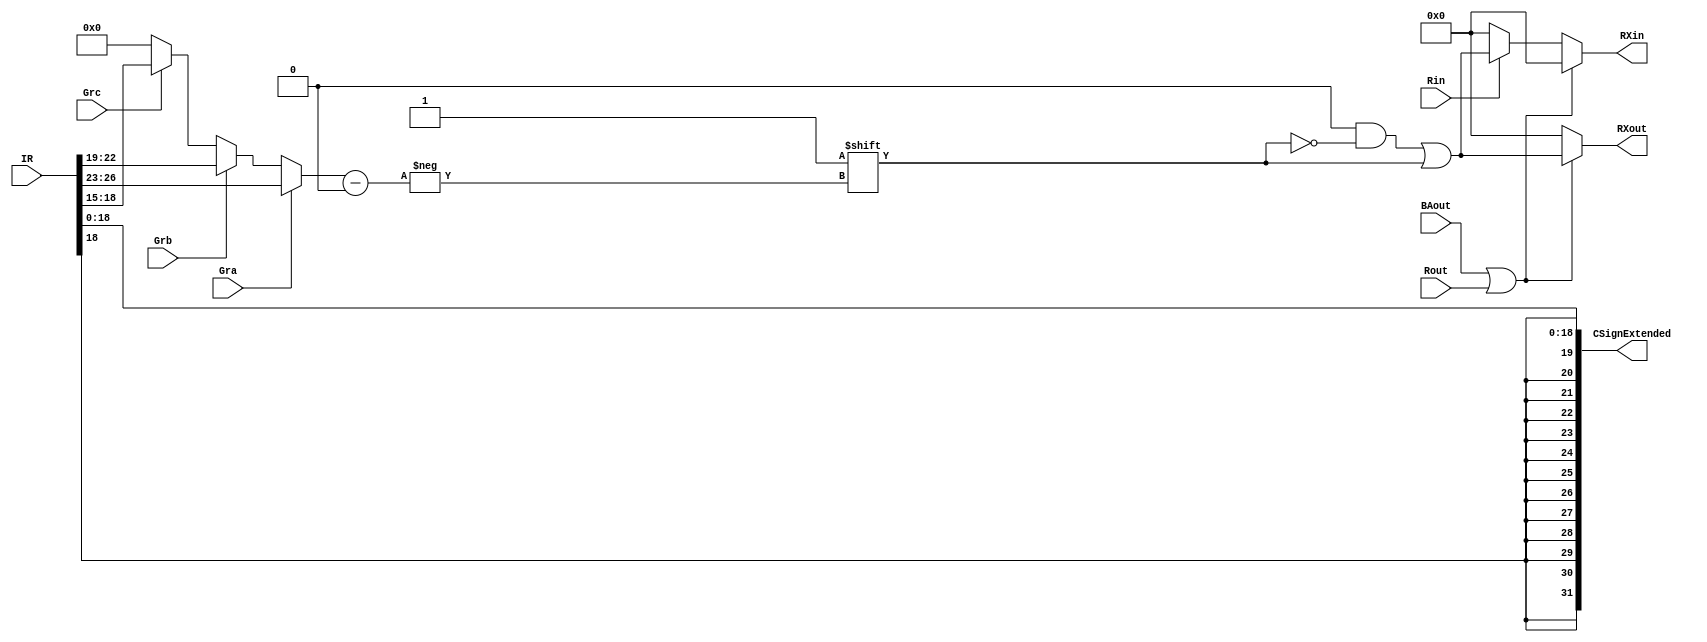
module select_and_encode (Gra, Grb, Grc, Rin, Rout, BAout, IR, RXin, RXout, CSignExtended);

    input Gra, Grb, Grc, Rin, Rout, BAout; // from CPU
    input [31:0] IR;
    output reg [15:0] RXin, RXout; // Registers 0 - 15 in/out
    output [31:0] CSignExtended;

    reg [3:0] selected_register;

    always @(Gra, Grb, Grc, IR, BAout, Rin, Rout) // are these the right thingsin the sensitivity list
    begin
        RXout = 0;
        RXin = 0;
        selected_register = 0;
        
        // Select
        if (Gra == 1) selected_register = IR[26:23]; else
        if (Grb == 1) selected_register = IR[22:19]; else
        if (Grc == 1) selected_register = IR[18:15];
		  
        if (BAout == 1|| Rout == 1) begin 
            RXout[selected_register] = 1;
        end else 
        if (Rin) begin 
            RXin[selected_register] = 1;
        end

    end

    assign CSignExtended = $signed(IR[18:0]);
endmodule